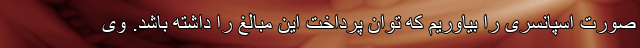
صورت اسپانسری را بیاوریم که توان پرداخت این مبالغ را داشته باشد. وی